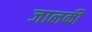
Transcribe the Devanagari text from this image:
जालकी